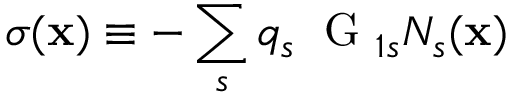
\sigma ( { \bf x } ) \equiv - \sum _ { s } q _ { s } \; \mathrm { ~ G ~ } _ { 1 s } N _ { s } ( { \bf x } )